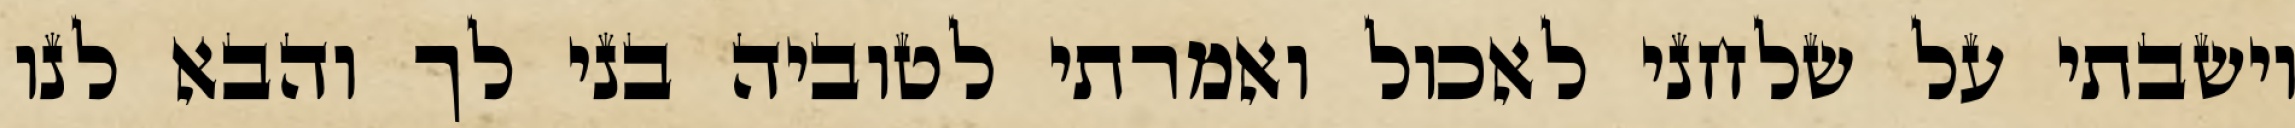
וישבתי על שלחני לאכול ואמרתי לטוביה בני לך והבא לנו